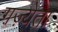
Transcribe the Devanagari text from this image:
गज़्येता